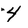
Character: 4